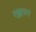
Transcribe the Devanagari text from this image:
लुह्र्मन